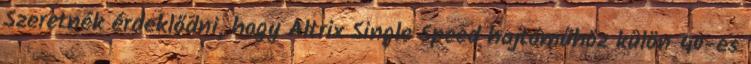
Szeretnék érdeklődni, hogy Altrix Single Speed hajtóműhöz külön 40-es